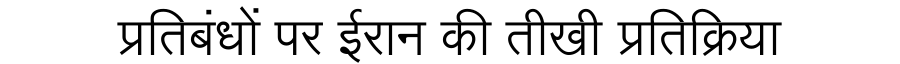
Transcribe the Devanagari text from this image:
प्रतिबंधों पर ईरान की तीखी प्रतिक्रिया